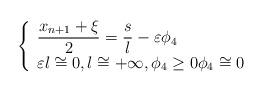
LaTeX: \begin{align*}\left\{ \begin{array}{l}\dfrac{x_{n+1}+\xi }{2}=\dfrac{s}{l}-\varepsilon \phi _{4} \\ \varepsilon l\cong 0,l\cong +\infty ,\phi_{4}\geq 0\phi _{4}\cong 0\end{array}\right. \end{align*}